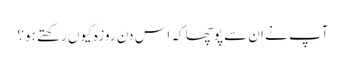
آپ نے ان سے پوچھا کہ اس دن روزہ کیوں رکھتے ہو؟